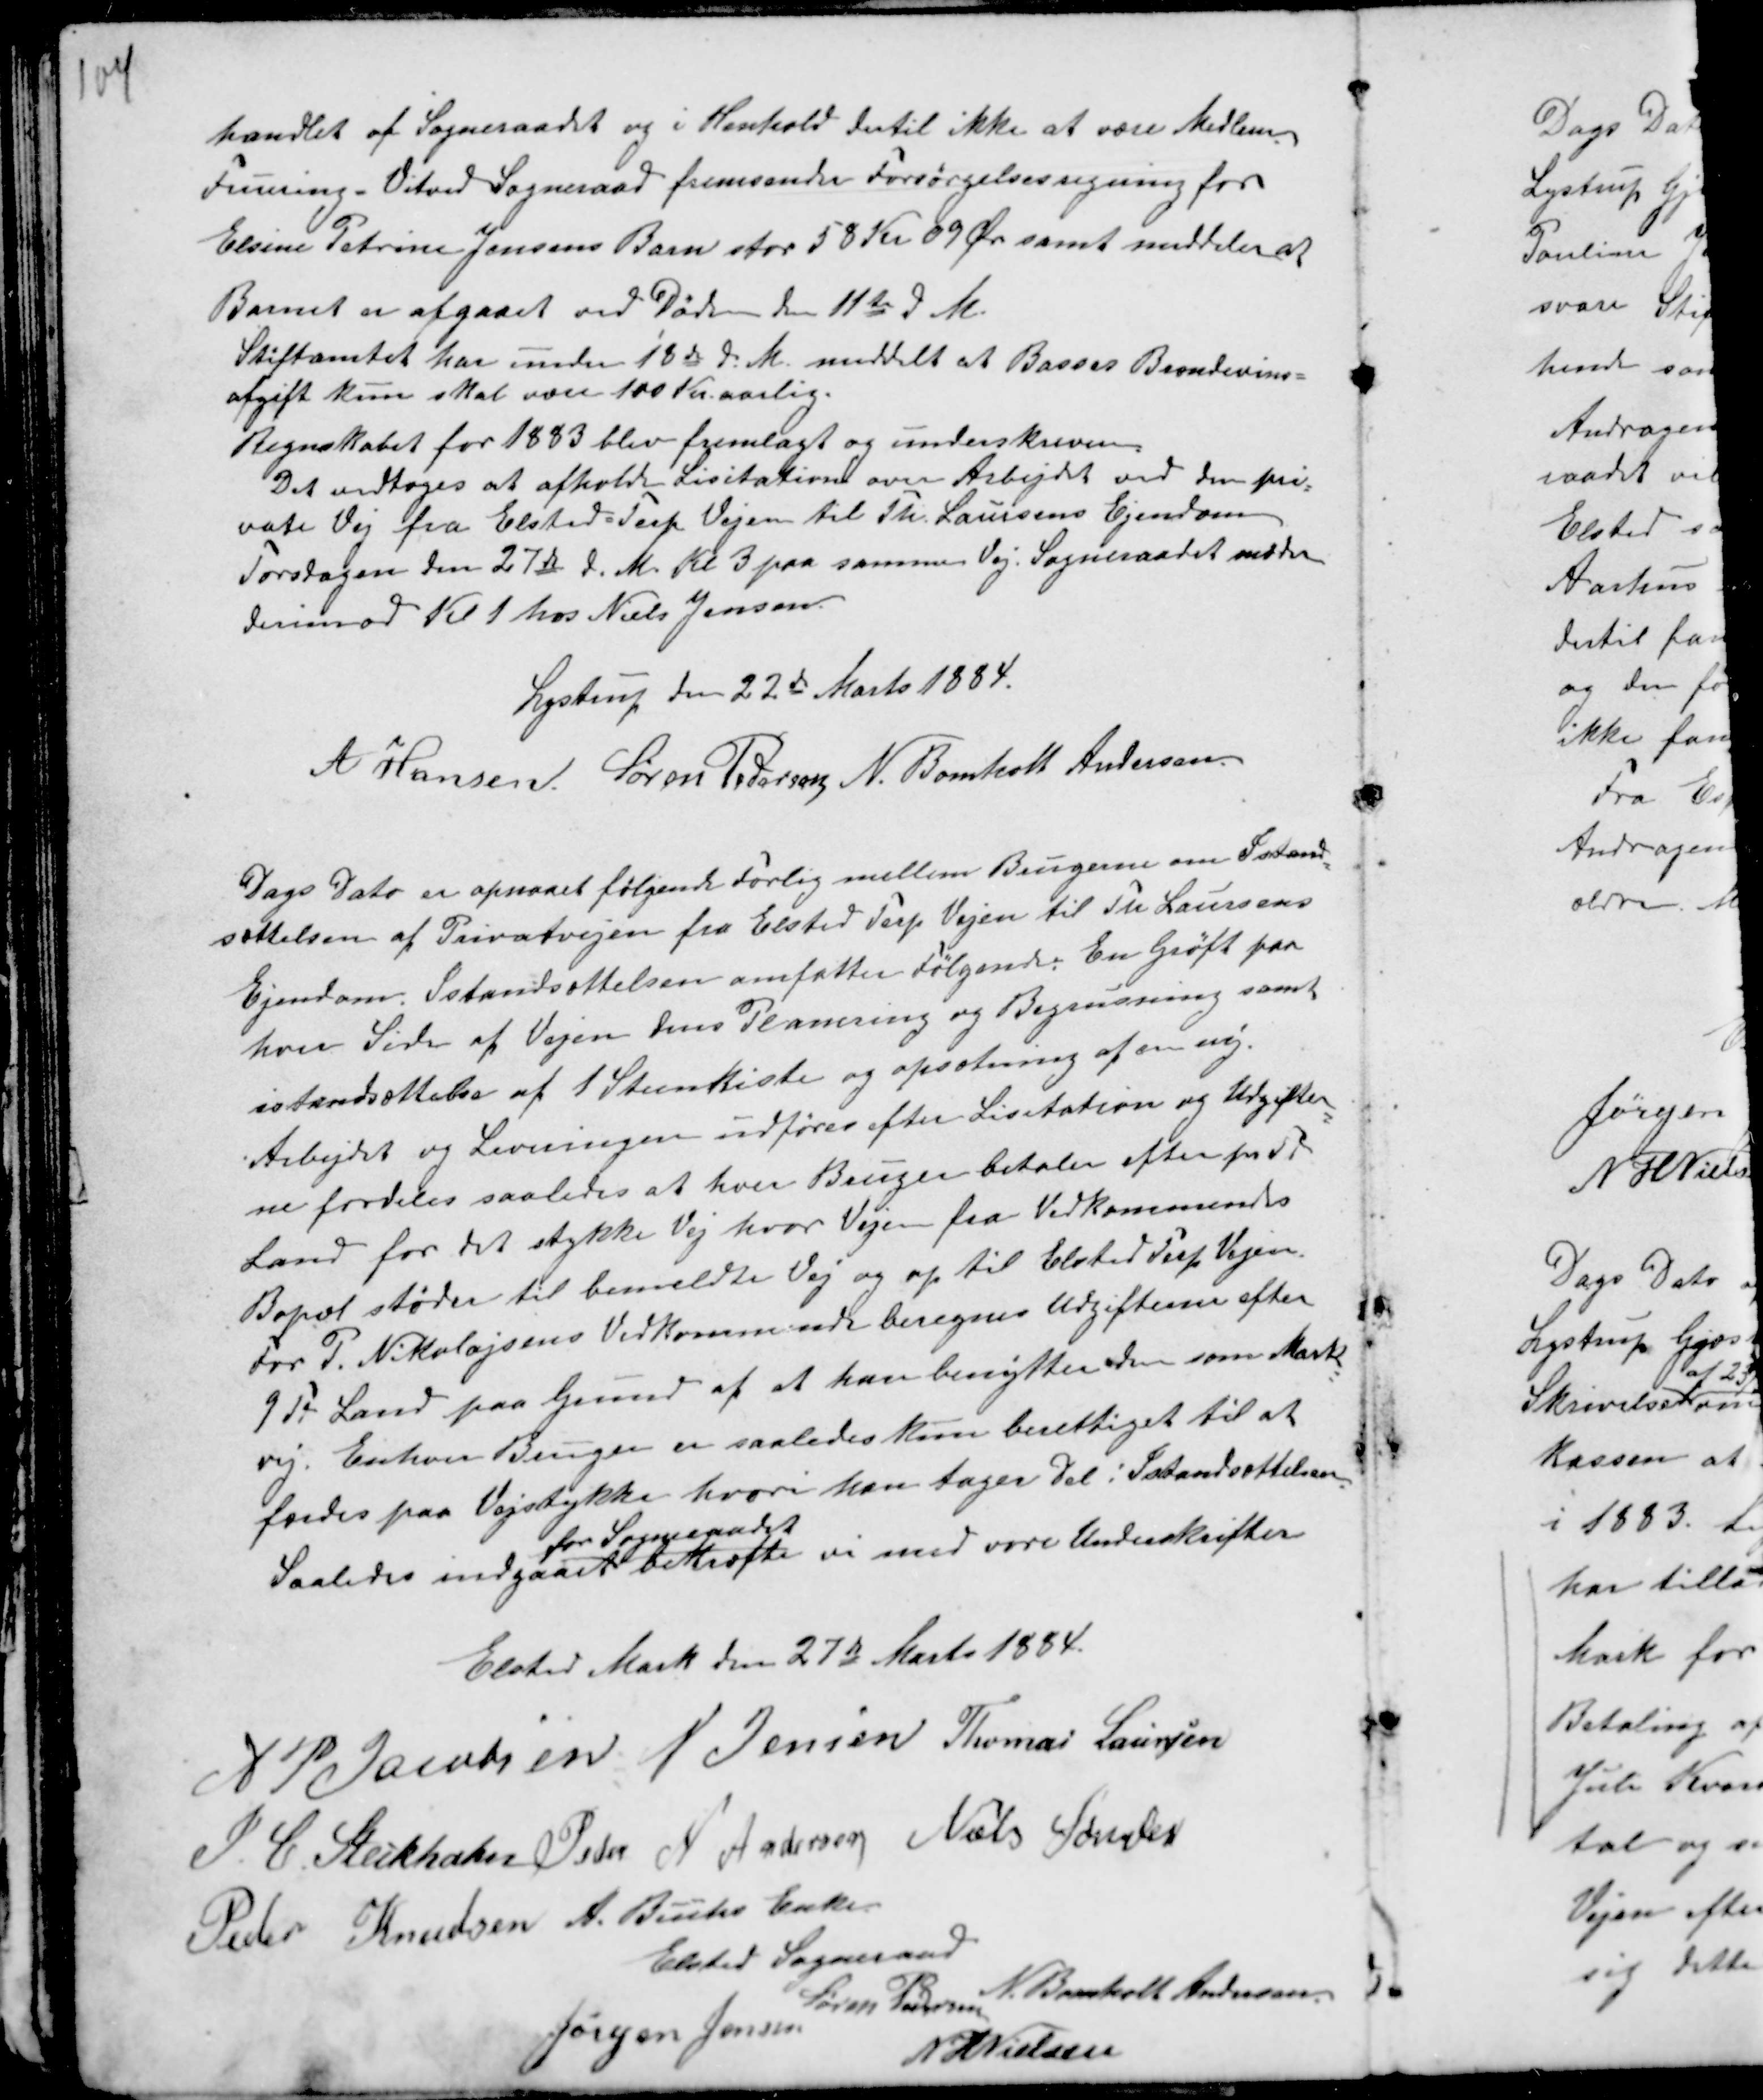
Transskription:
handlet af Sogneraadet og i Henhold dertil ikke at være Medlem.
Fruering - Vitved Sogneraad fremsender Forsørgelsesregning for
Elsine Petrine Jensens Barn stor 58 Kr 09 Ør samt meddeler at
Barnet er afgaaet ved Døden den 11te d M.
Stiftamtet har under 18de d: M. meddelt at Basses Brændevins-
afgift kun skal være 100 Kr. aarlig.
Regnskabet for 1883 blev fremlagt og underskreven.
Det vedtoges at afholde Lisitation over Arbejdet ved den pri-
vate Vej fra Elsted Terp Vejen til Th. Laursens Ejendom
Torsdagen den 27de d. M. Kl 3 paa samme Vej. Sogneraadet mødes
derimod Kl 1 hos Niels Jensen.
Lystrup den 22de Marts 1884.
A Hansen. Søren Pedersen N. Bomholt Andersen.

Dags Dato er opnaaet følgende Forlig mellem Brugerne om Istand-
sættelsen af Privatvejen fra Elsted Terp Vejen til Th Laursens
Ejendom. Istandsættelsen omfatter følgende: En Grøft paa
hver Side af Vejen dens Planering og Begrusning samt
istandsættelse af 1 Steenkiste og opsætning af en ny.
Arbejdet og Leveringen udføres efter Lisitation og Udgifter-
ne fordeles saaledes at hver Bruger betaler efter pr Td
Land for det stykke Vej hvor Vejen fra Vedkommendes
Bopæl støder til bemeldte Vej og op til Elsted Terp Vejen.
For P. Nikolajsens Vedkommende beregnes Udgifterne efter
9 Td Land paa Grund af at han benytter den som Mark-
vej. Enhver Bruger er saaledes kun berettiget til at
færdes paa Vejstykke hvori han tager Del i Istandsættelsen.
Saaledes indgaaet
for Sogneraadet
bekræfte vi med vores Underskrifter

Elsted Mark den 27de Marts 1884.
A P Jacobsen N Jensen Thomas Laursen
I. C. Steckhahn Peter Andersen Niels Sønder
Peder Knudsen A. Buchs Enke.
Elsted Sogneraad
Jørgen Jensen
Søren Pedersen
N. Bomholt Andersen
N H Nielsen